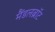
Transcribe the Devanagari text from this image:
मैंडलब्रॉट